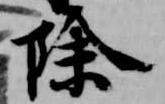
除